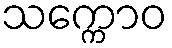
သက္ကောဝ